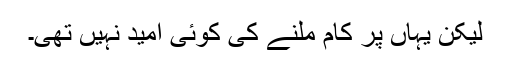
لیکن یہاں پر کام ملنے کی کوئی امید نہیں تھی۔